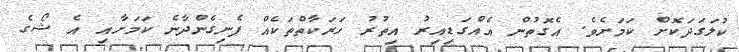
ކުލަގަދަކޮށް ކަމަށެވެ. އެގޮތުން އެއްގަޑިއިރު އިތުރު ހަރަކާތްތަކެއް ފެނިގެންދާނެ ކަމަށާއި އެ ޝޯގެ